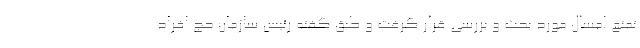
تمتع امسال مورد بحث و بررسی قرار گرفت و طبق گفته رئیس سازمان حج افراد